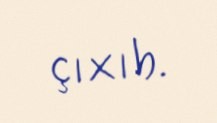
çıxıb.